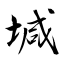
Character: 堿